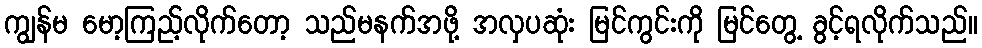
ကျွန်မ မော့ကြည့်လိုက်တော့ သည်မနက်အဖို့ အလှပဆုံး မြင်ကွင်းကို မြင်တွေ့ ခွင့်ရလိုက်သည်။